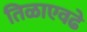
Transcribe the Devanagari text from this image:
तिळाएवढे